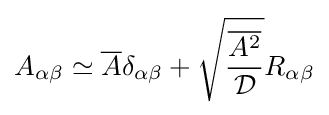
A_{\alpha \beta }\simeq {\overline {A}}\delta _{\alpha \beta }+{\sqrt {\frac {\overline {A^{2}}}{\mathcal {D}}}}R_{\alpha \beta }